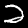
Label: 2